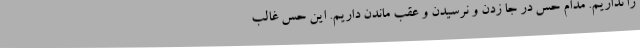
را نداریم. مدام حس در جا زدن و نرسیدن و عقب ماندن داریم. این حس غالب